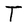
Character: T